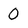
Character: 0